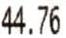
44.76